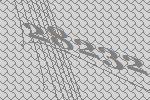
28232